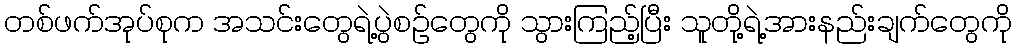
တစ်ဖက်အုပ်စုက အသင်းတွေရဲ့ပွဲစဉ်တွေကို သွားကြည့်ပြီး သူတို့ရဲ့အားနည်းချက်တွေကို